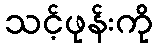
သင့်ဖုန်းကို